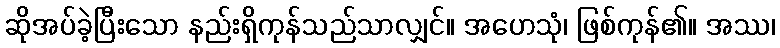
ဆိုအပ်ခဲ့ပြီးသော နည်းရှိကုန်သည်သာလျှင်။ အဟေသုံ၊ ဖြစ်ကုန်၏။ အဿ၊